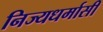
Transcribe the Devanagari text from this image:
निज्यधर्मासी